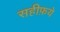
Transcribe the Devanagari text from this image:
सहीफ़ये